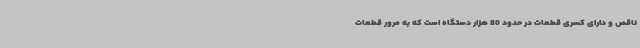
ناقص و دارای کسری قطعات در حدود 80 هزار دستگاه است که به مرور قطعات